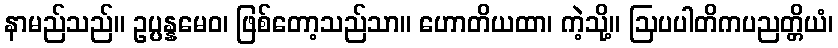
နာမည်သည်။ ဥပ္ပန္နမေဝ၊ ဖြစ်တော့သည်သာ။ ဟောတိယထာ၊ ကဲ့သို့။ ဩပပါတိကပညတ္တိယံ၊